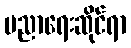
ပညာရေးဆိုင်ရာ